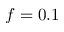
f = 0 . 1